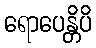
ရောပေန္တိပိ